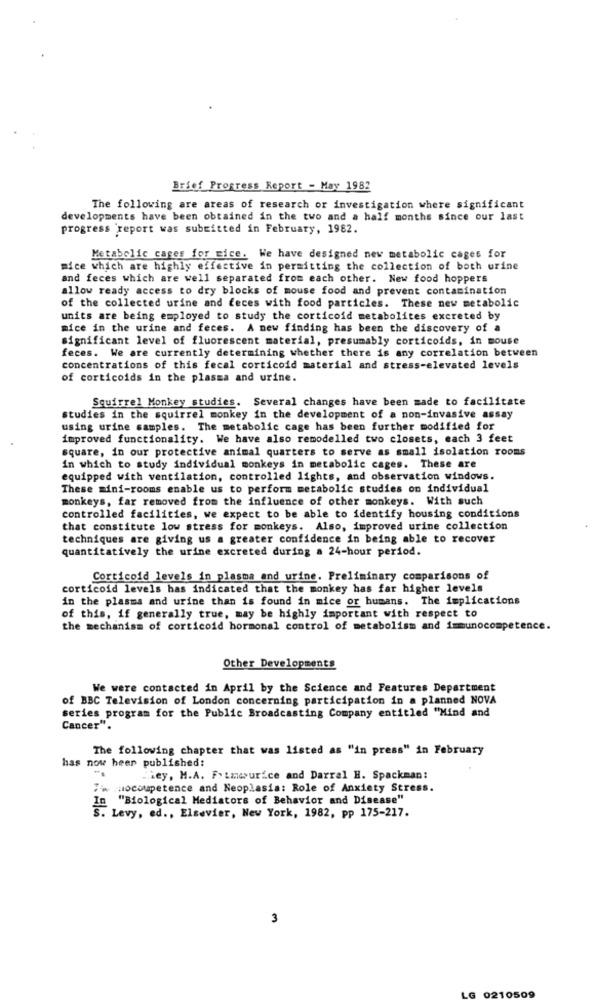
Brief Progress Report - May 1982
The following are areas of research or investigation where significant
developments have been obtained in the two and a half months since our last
progress report was submitted in February, 1982.
Metabolic cages for mice. We have designed new metabolic cages for
mice which are highly effective in permitting the collection of both urine
and feces which are well separated from each other. New food hoppers
allow ready access to dry blocks of mouse food and prevent contamination
of the collected urine and feces with food particles. These new metabolic
units are being employed to study the corticoid metabolites excreted by
mice in the urine and feces. A new finding has been the discovery of a
significant level of fluorescent material, presumably corticoids, in mouse
feces. We are currently determining whether there is any correlation between
concentrations of this fecal corticoid material and stress-elevated levels
of corticoids in the plasma and urine.
Squirrel Monkey studies. Several changes have been made to facilitate
studies in the squirrel monkey in the development of a non-invasive assay
using urine samples. The metabolic cage has been further modified for
improved functionality. We have also remodelled two closets, each 3 feet
square, in our protective animal quarters to serve as small isolation rooms
in which to study individual monkeys in metabolic cages. These are
equipped with ventilation, controlled lights, and observation windows.
These mini-rooms enable us to perform metabolic studies on individual
monkeys, far removed from the influence of other monkeys. With such
controlled facilities, we expect to be able to identify housing conditions
that constitute low stress for monkeys. Also, improved urine collection
techniques are giving us a greater confidence in being able to recover
quantitatively the urine excreted during a 24-hour period.
Corticoid levels in plasma and urine. Preliminary comparisons of
corticoid levels has indicated that the monkey has far higher levels
in the plasma and urine than is found in mice or humans. The implications
of this, if generally true, may be highly important with respect to
the mechanism of corticoid hormonal control of metabolism and immunocompetence.
Other Developments
We were contacted in April by the Science and Features Department
of BBC Television of London concerning participation in a planned NOVA
series program for the Public Broadcasting Company entitled "Mind and
Cancer".
The following chapter that was listed as "in press" in February
has now been published:
hey, M.A. F. Lmeurice and Darral H. Spackman:
:w mocoupetence and Neoplasia: Role of Anxiety Stress.
"Biological Mediators of Behavior and Disease"
S. Levy, ed ., Elsevier, New York, 1982, pp 175-217.
3
LG
0210509